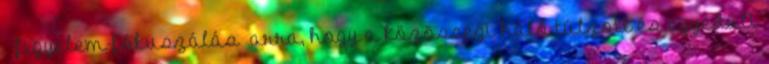
figyelem-fókuszálás arra, hogy a közösségi háló túlzott és egyedüli